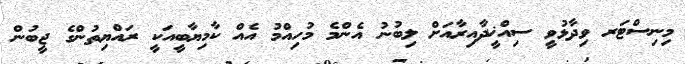
މިނިސްޓަރ ވިދާޅުވީ ސިއްޚީދާއިރާއަށް ލިބުނު އެންމެ މުހިއްމު އެއް ކާމިޔާބީއަކީ ރައްޔިތުންގެ ޖީބުން